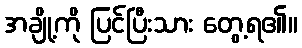
အချို့ကို ပြင်ပြီးသား တွေ့ရ၏။